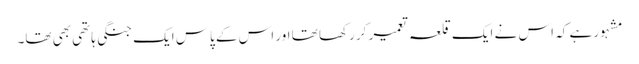
مشہور ہے کہ اس نے ایک قلعہ تعمیر کر رکھا تھا اور اس کے پاس ایک جنگی ہاتھی بھی تھا۔